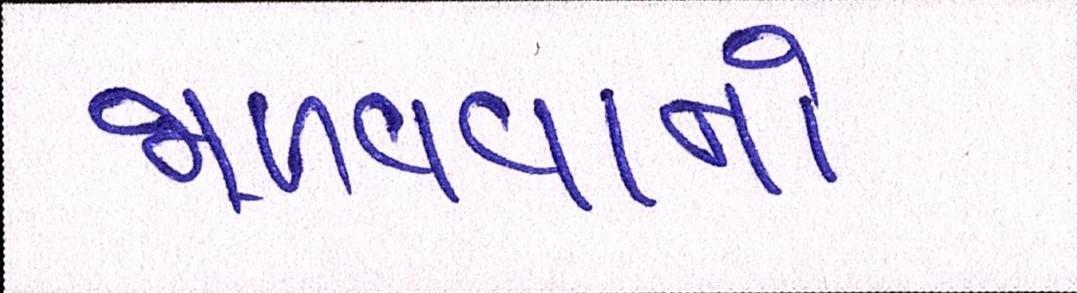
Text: જાળવવાનો